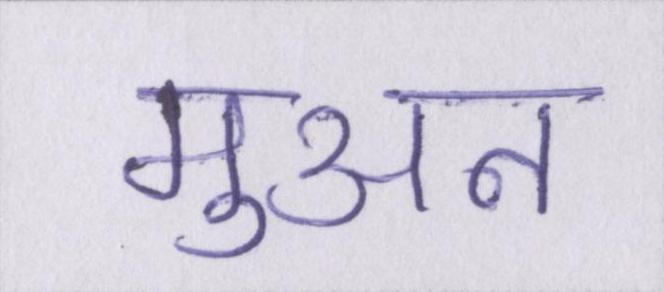
मुअन